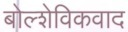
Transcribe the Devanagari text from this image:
बोल्शेविकवाद